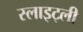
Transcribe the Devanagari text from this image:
स्लाइट्ली